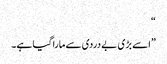
“
”اسے بڑی بے دردی سے مارا گیا ہے۔